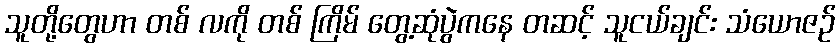
သူတို့တွေဟာ တစ် လကို တစ် ကြိမ် တွေ့ဆုံပွဲကနေ တဆင့် သူငယ်ချင်း သံယောဇဉ်